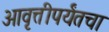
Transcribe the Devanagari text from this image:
आवृत्तीपर्यंतचा